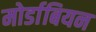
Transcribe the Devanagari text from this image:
मोर्डाबियन